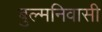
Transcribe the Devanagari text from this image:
बुल्मनिवासी